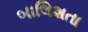
બાલિશતા